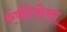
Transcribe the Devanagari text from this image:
एंफीसेमा